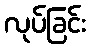
လုပ်ခြင်း